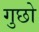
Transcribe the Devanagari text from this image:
गुछो